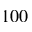
1 0 0